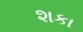
શકા